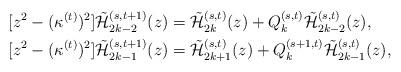
LaTeX: \begin{align*}&[z^2-(\kappa^{(t)})^2]\tilde{\cal H}_{2k-2}^{(s,t+1)}(z)=\tilde{\cal H}_{2k}^{(s,t)}(z)+Q_{k}^{(s,t)}\tilde{\cal H}_{2k-2}^{(s,t)}(z),\\&[z^2-(\kappa^{(t)})^2]\tilde{\cal H}_{2k-1}^{(s,t+1)}(z)=\tilde{\cal H}_{2k+1}^{(s,t)}(z)+Q_{k}^{(s+1,t)}\tilde{\cal H}_{2k-1}^{(s,t)}(z),\end{align*}